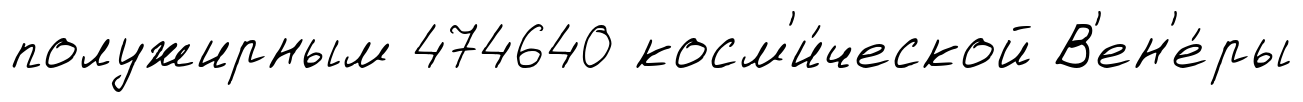
полужирным 474640 косм'и́ческой В'ен'е́ры